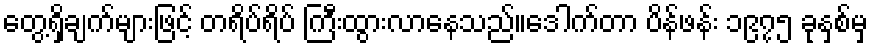
တွေ့ရှိချက်များဖြင့် တရိပ်ရိပ် ကြီးထွားလာနေသည်။ဒေါက်တာ ပိန်ဖန်း ၁၉၇၅ ခုနှစ်မှ